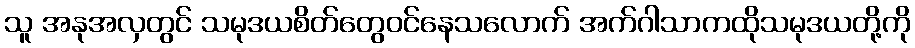
သူ အနုအလှတွင် သမုဒယစိတ်တွေဝင်နေသလောက် အက်ဂါသာကထိုသမုဒယတို့ကို